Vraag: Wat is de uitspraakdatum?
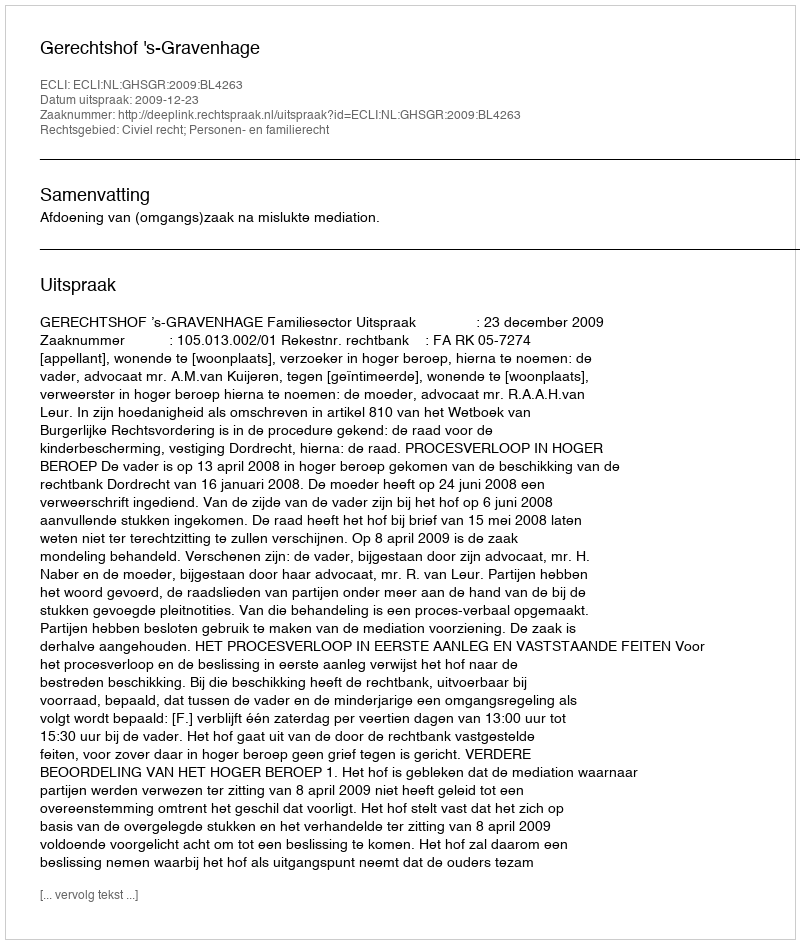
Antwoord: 2009-12-23